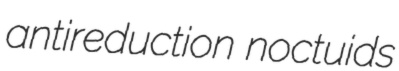
antireduction noctuids